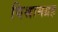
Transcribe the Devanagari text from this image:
विश्रामग्रह